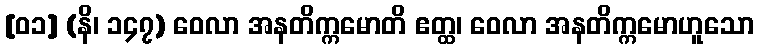
[၀၁] (နိ၊ ၁၄၇) ဝေလာ အနတိက္ကမောတိ ဧတ္ထ၊ ဝေလာ အနတိက္ကမောဟူသော